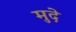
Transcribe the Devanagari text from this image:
मुदे